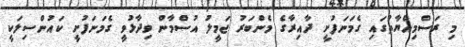
މި ރަސްމިއްޔާތުގައި ގެމަނަފުށީ ދާއިރާގެ މެންބަރު ޖަމީލު އުސްމާން ވިދާޅުވީ ގެމަނަފުށީ ކައުންސިލަކީ